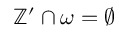
\mathbb { Z } ^ { \prime } \cap \omega = \emptyset